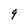
Character: 9